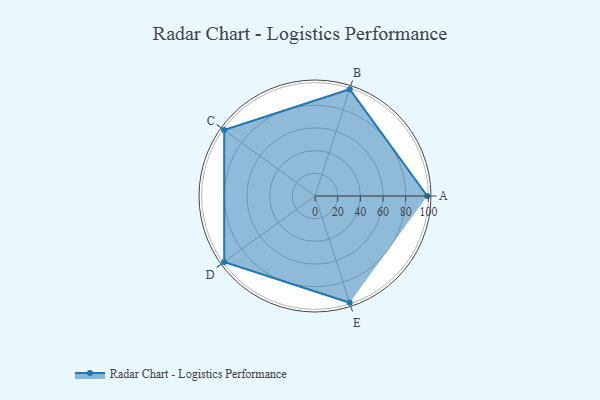
{"axis": {"x": "Skill", "y": "Score"}, "legend": ["Profile"], "data": [{"x": "A", "y": 99, "type": "Profile"}, {"x": "B", "y": 99, "type": "Profile"}, {"x": "C", "y": 99, "type": "Profile"}, {"x": "D", "y": 99, "type": "Profile"}, {"x": "E", "y": 99, "type": "Profile"}]}